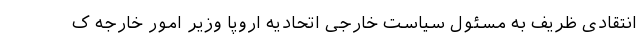
انتقادی ظریف به مسئول سیاست خارجی اتحادیه اروپا وزیر امور خارجه ک